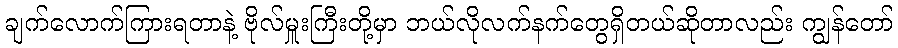
ချက်လောက်ကြားရတာနဲ့ ဗိုလ်မှူးကြီးတို့မှာ ဘယ်လိုလက်နက်တွေရှိတယ်ဆိုတာလည်း ကျွန်တော်